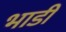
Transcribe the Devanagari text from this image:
भाडीं